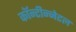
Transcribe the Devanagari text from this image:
कॉन्टीन्नेटल